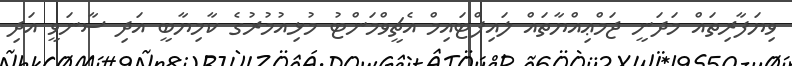
ވިޔަފާރިތައް މަދަނީ ޖަމްޢިއްޔާތައް ލައިފްޓައިމް އެޗީވްމަންޓު މުޅިއުމުރުގެ ކާމިޔާބީ އަދި ސާނަވީ އަދި